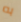
به